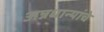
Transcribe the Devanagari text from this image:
अन्नधान्यांचे